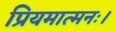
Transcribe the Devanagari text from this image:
प्रियमात्मनः।